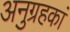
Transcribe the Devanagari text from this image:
अनुग्रहकां